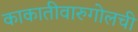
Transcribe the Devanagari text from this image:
काकातीवारुगोलची